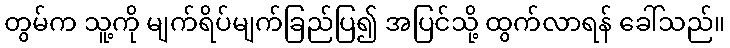
တွမ်က သူ့ကို မျက်ရိပ်မျက်ခြည်ပြ၍ အပြင်သို့ ထွက်လာရန် ခေါ်သည်။